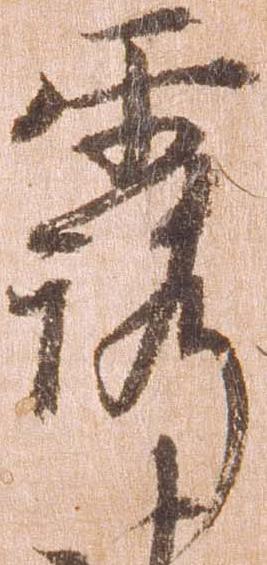
露